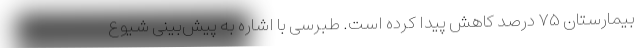
بیمارستان ۷۵ درصد کاهش پیدا کرده است. طبرسی با اشاره به پیش‌بینی شیوع